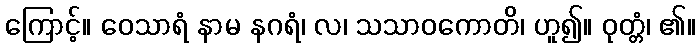
ကြောင့်။ ဝေသာရံ နာမ နဂရံ၊ လ၊ သသာဝကောတိ၊ ဟူ၍။ ဝုတ္တံ၊ ၏။